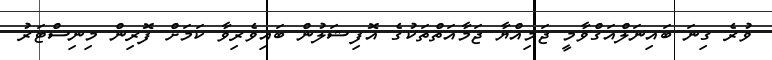
ވުރެ ގިނަ ބައިނަލްއަގްވާމީ ޖަމިއްޔާ ޖަމާއަތްތަކުގެ އޮފިޝަލުން ބައިވެރިވާ ކަމަށް ފޮރިން މިނިސްޓަރު